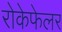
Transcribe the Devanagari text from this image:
रोकेफेलर